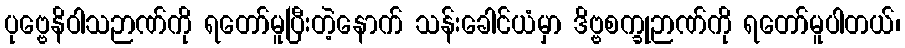
ပုဗ္ဗေနိဝါသဉာဏ်ကို ရတော်မူပြီးတဲ့နောက် သန်းခေါင်ယံမှာ ဒိဗ္ဗစက္ခုဉာဏ်ကို ရတော်မူပါတယ်၊